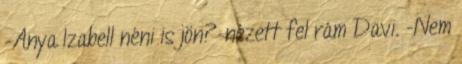
-Anya Izabell néni is jön?-nézett fel rám Davi. -Nem